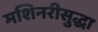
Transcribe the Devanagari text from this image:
मशिनरीसुद्धा